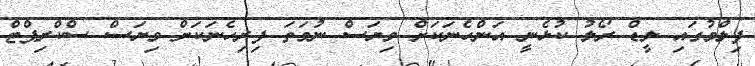
ފިލްމުގައި ލީޑް ރޯލު ކުޅެނީ އަންހެނަކަށް ވިޔަސް ނުވަތަ ފިރިހެނަކަށް ވިޔަސް ސްކްރިޕްޓް